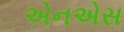
એનએસ